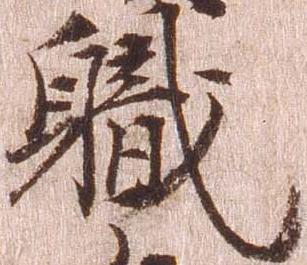
職